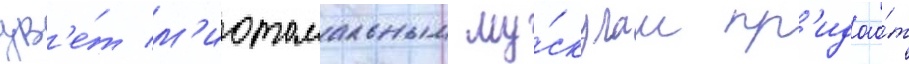
цв'е́т м'иотомальным му́скулам пр'идао́т